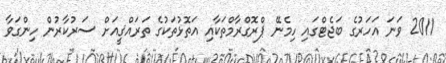
2011 ވަނަ އަހަރުގެ ބަޖެޓްގައި ހިމެނޭ ޕްރޮގްރާމްތަކާއި އަތޮޅުތަކުގެ ތަރައްޤީއަށް ސަރުކާރުން ހިންގަވާ